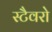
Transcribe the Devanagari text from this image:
स्टैवरो